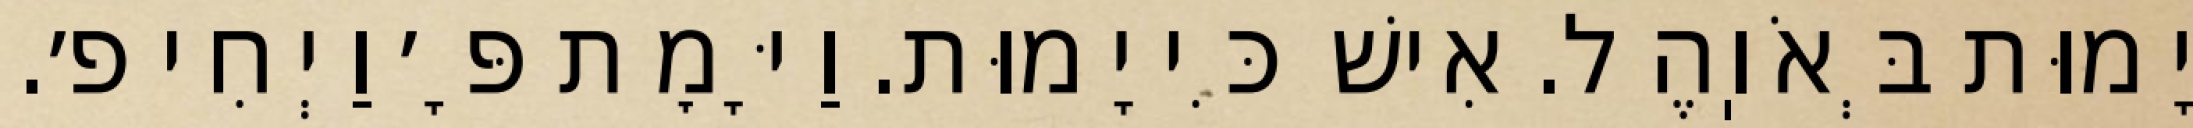
יָמוּת בְּאֹוֽהֶל. אִישׁ כִּי יָמוּת. וַיָּמׇת פָּ׳ וַיְחִי פ׳.